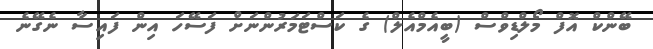
ބޭންކް އޮފް މޯލްޑިވްސް (ބީއެމްއެލް) ގެ ކަސްޓަމަރުންނަށް ފަސޭހަ އިން ފައިސާ ނެގޭނެ